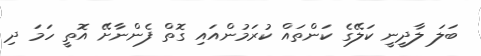
ބަލަ ލާދީނީ ކަލޭގެ ކަންތައް ކުރަމުންއައި ގޮތް ފެންނާށޭ އޮތީ ހަމަ ދި